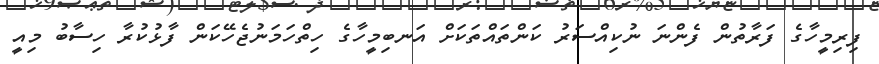
ފިރިމީހާގެ ފަރާތުން ފެންނަ ނުކިއްސަރު ކަންތައްތަކަށް އަނބިމީހާގެ ހިތްހަމަނުޖެހޭކަން ފާޅުކުރާ ހިސާބު މިއީ